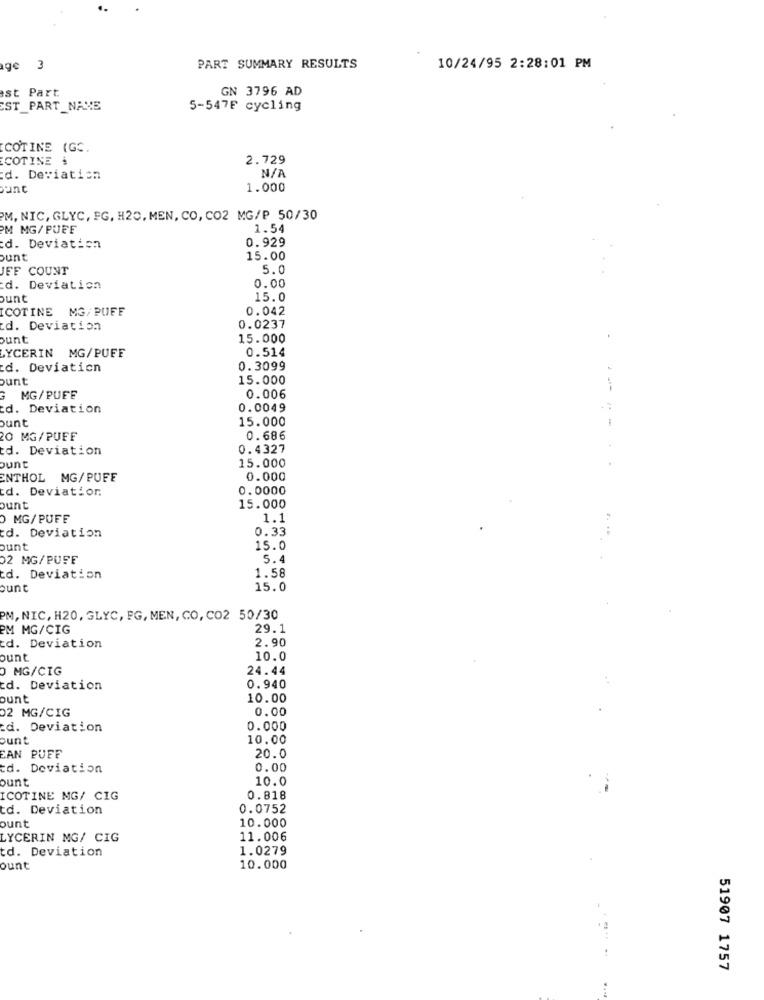
ge 3
PART SUMMARY RESULTS
10/24/95 2:28:01 PM
est Part
GN 3796 AD
CST PART_NAME
5-547F cycling
COTINE (GC,
COTINE
2.729
d. Deviation
our.
1.000
PM, NIC, GLYC, FG, H20, MEN, CO, CO2 MG/P 50/30
PM MG/ PUFF
1.54
0.929
d. Deviation
ount
15.00
JEF COUNT
5.0
0.00
d. Deviation
ount
15.0
COTINE MG/ PUFF
0.042
d. Deviation
0.0237
bunt
15.000
LYCERIN MG/PUFF
0.514
d. Deviaticn
0.3099
ount
15.000
MG/PUFE
0.006
d. Deviation
0.0049
ount
15.000
O MG/PUFF
0.686
td. Deviation
0.4327
15.000
ount
-----
ENTHOL MG/PUFE
0.000
d. Deviatior.
0.0000
ount
15.000
0 MG/PUFF
1.1
0.33
d. Deviation
ount
15.0
02 MG/PUFF
5.4
1.58
d. Deviation
ount
15.0
PM, NIC, H20, GLYC, FG, MEN, CO, CO2 50/30
PM MG/CIG
29.1
2.90
d. Deviation
ount
10.0
0 MG/CIG
24.44
td. Deviation
0.940
ount
10.00
02 MG/CIG
0.00
d. Deviation
0.000
ount
10.00
EAN PUFF
20.0
td. Deviation
0.00
ount
10.0
ICOTINE MG/ CIG
0.818
td. Deviation
0.0752
ount
10.000
LYCERIN MG/ CIG
11.006
td. Deviation
1.0279
ount
10.000
51907 1757